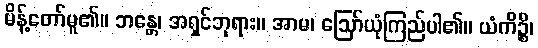
မိန့်တော်မူ၏။ ဘန္တေ၊ အရှင်ဘုရား။ အာမ၊ ဩော်ယုံကြည်ပါ၏။ ယံကိဉ္စိ၊